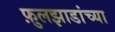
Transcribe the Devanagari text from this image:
फ़ुलझाडांच्या